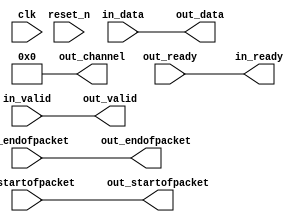
module lab3_master_0_p2b_adapter (
    
      // Interface: clk
      input              clk,
      // Interface: reset
      input              reset_n,
      // Interface: in
      output reg         in_ready,
      input              in_valid,
      input      [ 7: 0] in_data,
      input              in_startofpacket,
      input              in_endofpacket,
      // Interface: out
      input              out_ready,
      output reg         out_valid,
      output reg [ 7: 0] out_data,
      output reg         out_startofpacket,
      output reg         out_endofpacket,
      output reg [ 7: 0] out_channel
);


   reg          in_channel = 0;

   // ---------------------------------------------------------------------
   //| Payload Mapping
   // ---------------------------------------------------------------------
   always @* begin
      in_ready = out_ready;
      out_valid = in_valid;
      out_data = in_data;
      out_startofpacket = in_startofpacket;
      out_endofpacket = in_endofpacket;

      out_channel = 0;
      out_channel        = in_channel;
   end

endmodule